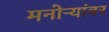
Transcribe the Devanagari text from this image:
मनोऱ्यांवर